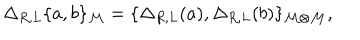
\Delta _ { R , L } \{ a , b \} _ { { \cal M } } = \{ \Delta _ { R , L } ( a ) , \Delta _ { R , L } ( b ) \} _ { { \cal M \otimes } { \cal M } } ,